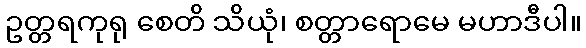
ဥတ္တရကုရု စေတိ သိယုံ၊ စတ္တာရောမေ မဟာဒီပါ။